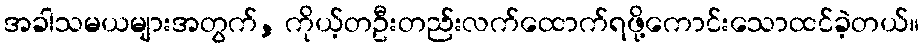
အခါသမယများအတွက်, ကိုယ့်တဦးတည်းလက်ထောက်ရဖို့ကောင်းသောထင်ခဲ့တယ်။